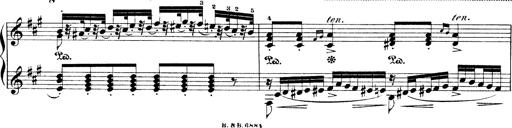
Title: Illustrations de l'opÃ©ra L'Africaine
Composer: Franz Liszt